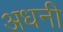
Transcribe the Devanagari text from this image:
अधनी